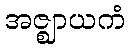
အဇ္ဈာယကံ